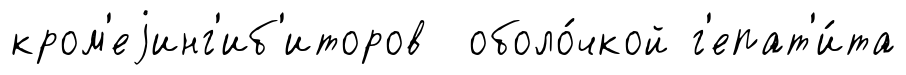
кром'еjинг'иб'иторов оболо́чкой г'епат'и́та